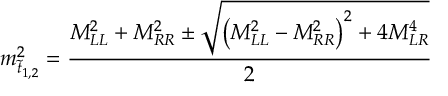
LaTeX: m _ { \tilde { t } _ { 1 , 2 } } ^ { 2 } = \frac { M _ { L L } ^ { 2 } + M _ { R R } ^ { 2 } \pm \sqrt { \left( M _ { L L } ^ { 2 } - M _ { R R } ^ { 2 } \right) ^ { 2 } + 4 M _ { L R } ^ { 4 } } } { 2 }